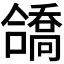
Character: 𫣹